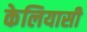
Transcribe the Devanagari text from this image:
केलियासी